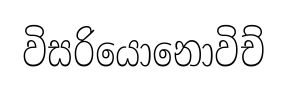
විසරියොනොවිච්